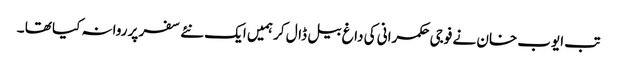
تب ایوب خان نے فوجی حکمرانی کی داغ بیل ڈال کر ہمیں ایک نئے سفر پر روانہ کیا تھا ۔